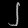
Digit: ၂